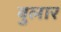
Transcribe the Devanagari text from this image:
बुलार